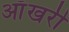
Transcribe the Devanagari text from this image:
आँखरी